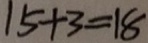
1 5 + 3 = 1 8